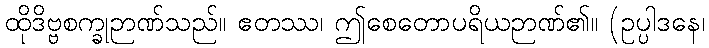
ထိုဒိဗ္ဗစက္ခုဉာဏ်သည်။ ဧတဿ၊ ဤစေတောပရိယဉာဏ်၏။ (ဥပ္ပါဒနေ၊